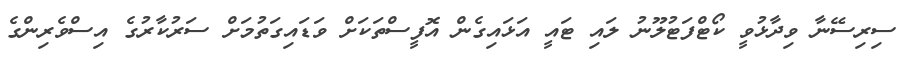
ސިރިސޭނާ ވިދާޅުވީ ކޯޓްފަޓުލޫނު ލައި ޓައީ އަޅައިގެން އޮފީސްތަކަށް ވަޑައިގަތުމަށް ސަރުކާރުގެ އިސްވެރިންގެ